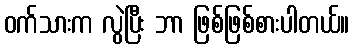
ဝက်သားက လွဲပြီး ဘာ ဖြစ်ဖြစ်စားပါတယ်။